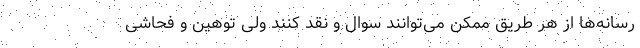
رسانه‌ها از هر طریق ممکن می‌توانند سوال و نقد کنند ولی توهین و فحاشی